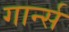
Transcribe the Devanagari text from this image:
गार्न्स